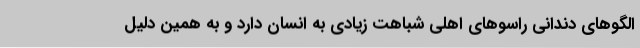
الگوهای دندانی راسوهای اهلی شباهت زیادی به انسان دارد و به همین دلیل